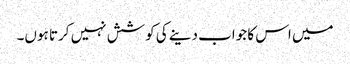
میں اس کا جواب دینے کی کوشش نہیں کرتا ہوں۔